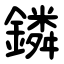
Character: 鏻